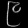
Digit: ၉